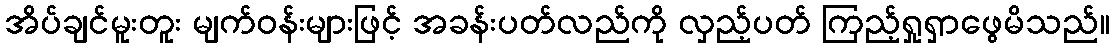
အိပ်ချင်မူးတူး မျက်ဝန်းများဖြင့် အခန်းပတ်လည်ကို လှည့်ပတ် ကြည့်ရှုရှာဖွေမိသည်။